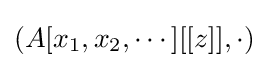
(A[x_{1},x_{2},\cdots ][[z]],\cdot )